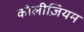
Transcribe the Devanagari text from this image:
कोलीज़ियम